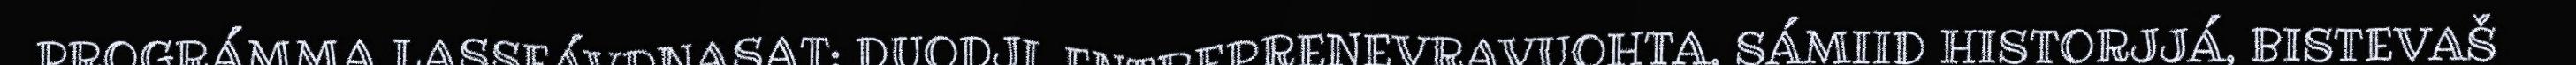
PROGRÁMMA LASSEÁVDNASAT: DUODJI, ENTREPRENEVRAVUOHTA, SÁMIID HISTORJJÁ, BISTEVAŠ